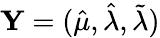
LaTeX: \mathbf{Y}=(\hat{\mu},\hat{\lambda},\tilde{\lambda})